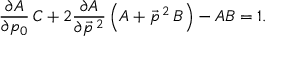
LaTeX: \frac { \partial A } { \partial p _ { 0 } } \, C + 2 \frac { \partial A } { \partial \vec { p } \, { } ^ { 2 } } \left( A + \vec { p } \, { } ^ { 2 } \, B \right) - A B = 1 .